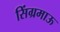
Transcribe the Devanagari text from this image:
सिंग्रमाऊ